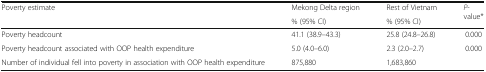
<table><thead><tr><td rowspan="2"><b>Poverty estimate</b></td><td><b>Mekong Delta region</b></td><td><b>Rest of Vietnam</b></td><td rowspan="2"><b><i>P</i>-value*</b></td></tr><tr><td><b>% (95% CI)</b></td><td><b>% (95% CI)</b></td></tr></thead><tbody><tr><td>Poverty headcount</td><td>41.1 (38.9–43.3)</td><td>25.8 (24.8–26.8)</td><td>0.000</td></tr><tr><td>Poverty headcount associated with OOP health expenditure</td><td>5.0 (4.0–6.0)</td><td>2.3 (2.0–2.7)</td><td>0.000</td></tr><tr><td>Number of individual fell into poverty in association with OOP health expenditure</td><td>875,880</td><td>1,683,860</td><td></td></tr></tbody></table>